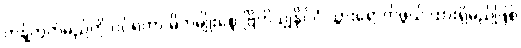
ကန့်ကွက်မည်ကို ဝင်ရတာ မိဘမျိုးစေ့ ဗြိတိသျှနိုင်ငံ သွားရောက်ဖွယ် ထားရှိမည်ဖြစ်